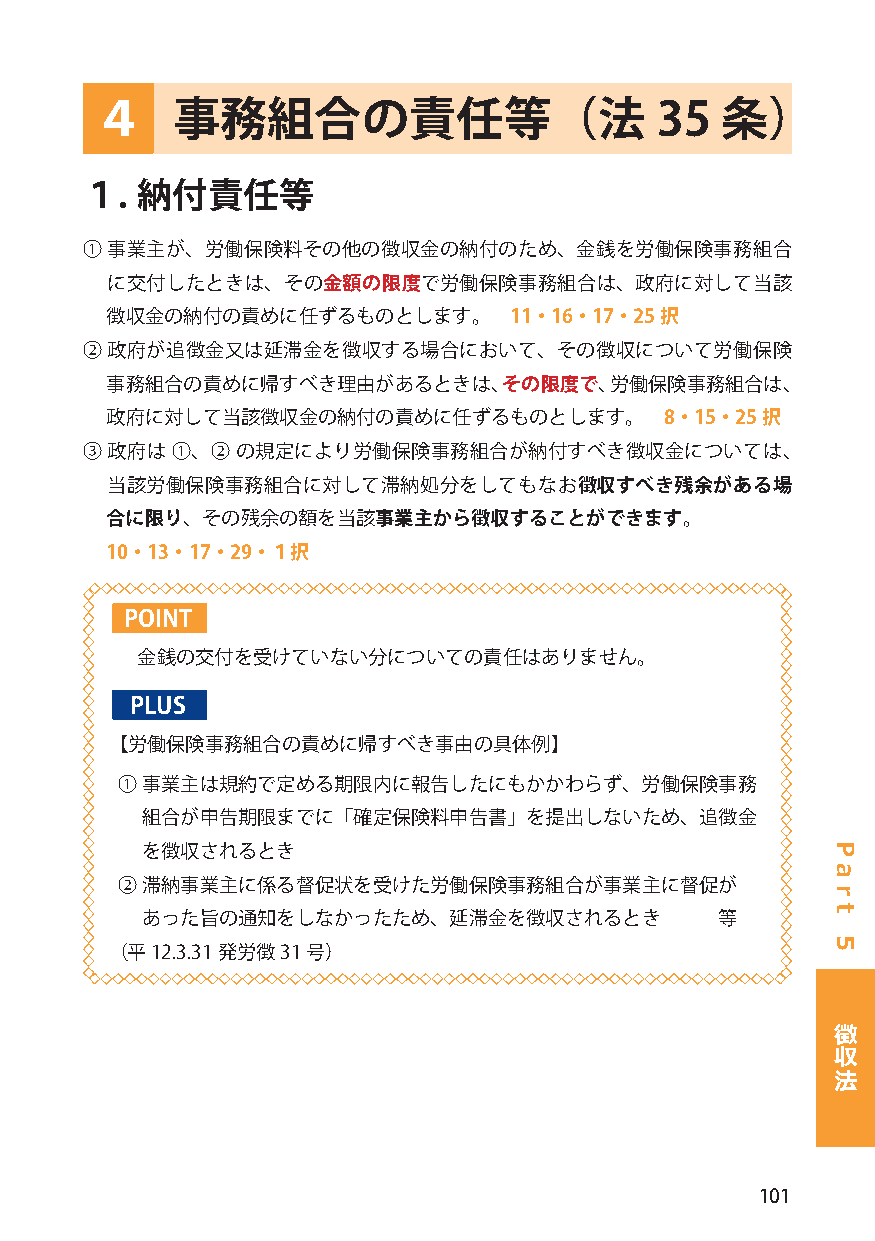
４    事務組合の責任等（法                      35   条）
 １.  納付責任等
 ① 事業主が、労働保険料その他の徴収金の納付のため、金銭を労働保険事務組合
 に交付したときは、その金額の限度で労働保険事務組合は、政府に対して当該
 徴収金の納付の責めに任ずるものとします。       11・16・17・25択
 ② 政府が追徴金又は延滞金を徴収する場合において、その徴収について労働保険
 事務組合の責めに帰すべき理由があるときは、その限度で、労働保険事務組合は、
 政府に対して当該徴収金の納付の責めに任ずるものとします。         8・15・25択
 ③ 政府は ①、②  の規定により労働保険事務組合が納付すべき徴収金については、
 当該労働保険事務組合に対して滞納処分をしてもなお徴収すべき残余がある場
 合に限り、その残余の額を当該事業主から徴収することができます。
 10・13・17・29・１択
 POINT
 金銭の交付を受けていない分についての責任はありません。
 PLUS
 【労働保険事務組合の責めに帰すべき事由の具体例】
 ① 事業主は規約で定める期限内に報告したにもかかわらず、労働保険事務
 組合が申告期限までに「確定保険料申告書」を提出しないため、追徴金
 を徴収されるとき
 ② 滞納事業主に係る督促状を受けた労働保険事務組合が事業主に督促が
 あった旨の通知をしなかったため、延滞金を徴収されるとき            等
 （平12.3.31 発労徴31号）
 徴
 収
 法
 101
 P
 a
 r
 t
 5